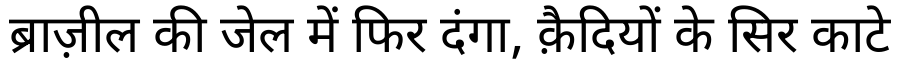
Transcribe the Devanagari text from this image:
ब्राज़ील की जेल में फिर दंगा, क़ैदियों के सिर काटे